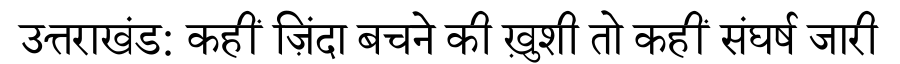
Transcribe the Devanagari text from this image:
उत्तराखंड: कहीं ज़िंदा बचने की ख़ुशी तो कहीं संघर्ष जारी